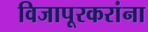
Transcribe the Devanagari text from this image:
विजापूरकरांना